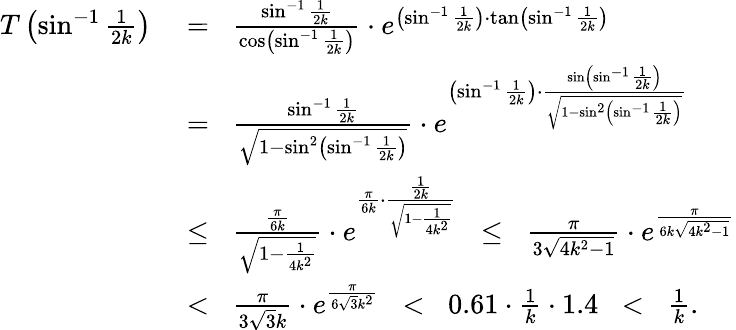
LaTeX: \begin{array}{rl}{T\left(\sin^{-1}\frac{1}{2k}\right)\; }&{=\; \; \frac{\sin^{-1}\frac{1}{2k}}{\cos\left(\sin^{-1}\frac{1}{2k}\right)}\cdot e^{\left(\sin^{-1}\frac{1}{2k}\right)\cdot\tan\left(\sin^{-1}\frac{1}{2k}\right)}}\\ &{=\; \; \frac{\sin^{-1}\frac{1}{2k}}{\sqrt{1-\sin^{2}\left(\sin^{-1}\frac{1}{2k}\right)}}\cdot e^{\left(\sin^{-1}\frac{1}{2k}\right)\cdot\frac{\sin\left(\sin^{-1}\frac{1}{2k}\right)}{\sqrt{{1-\sin^{2}\left(\sin^{-1}\frac{1}{2k}\right)}}}}}\\ &{\le\; \; \frac{\frac{\pi}{6k}}{\sqrt{1-\frac{1}{4k^{2}}}}\cdot e^{\frac{\pi}{6k}\cdot\frac{\frac{1}{2k}}{\sqrt{{1-\frac{1}{4k^{2}}}}}}\; \; \le\; \; \frac{\pi}{3\sqrt{4k^{2}-1}}\cdot e^{\frac{\pi}{6k\sqrt{{4k^{2}-1}}}}}\\ &{<\; \; \frac{\pi}{3\sqrt{3}k}\cdot e^{\frac{\pi}{6\sqrt{3}k^{2}}}\; \; <\; \; 0.61\cdot\frac{1}{k}\cdot 1.4\; \; <\; \; \frac{1}{k}.}\end{array}